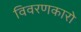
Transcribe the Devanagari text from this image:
विवरणकारो